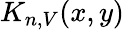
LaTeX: K_{n,V}(x,y)